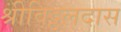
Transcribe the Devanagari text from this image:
श्रीविट्ठलदास